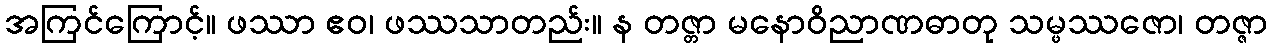
အကြင်ကြောင့်။ ဖဿာ ဧဝ၊ ဖဿသာတည်း။ န တဇ္တာ မနောဝိညာဏဓာတု သမ္ဖဿဇော၊ တဇ္ဇာ